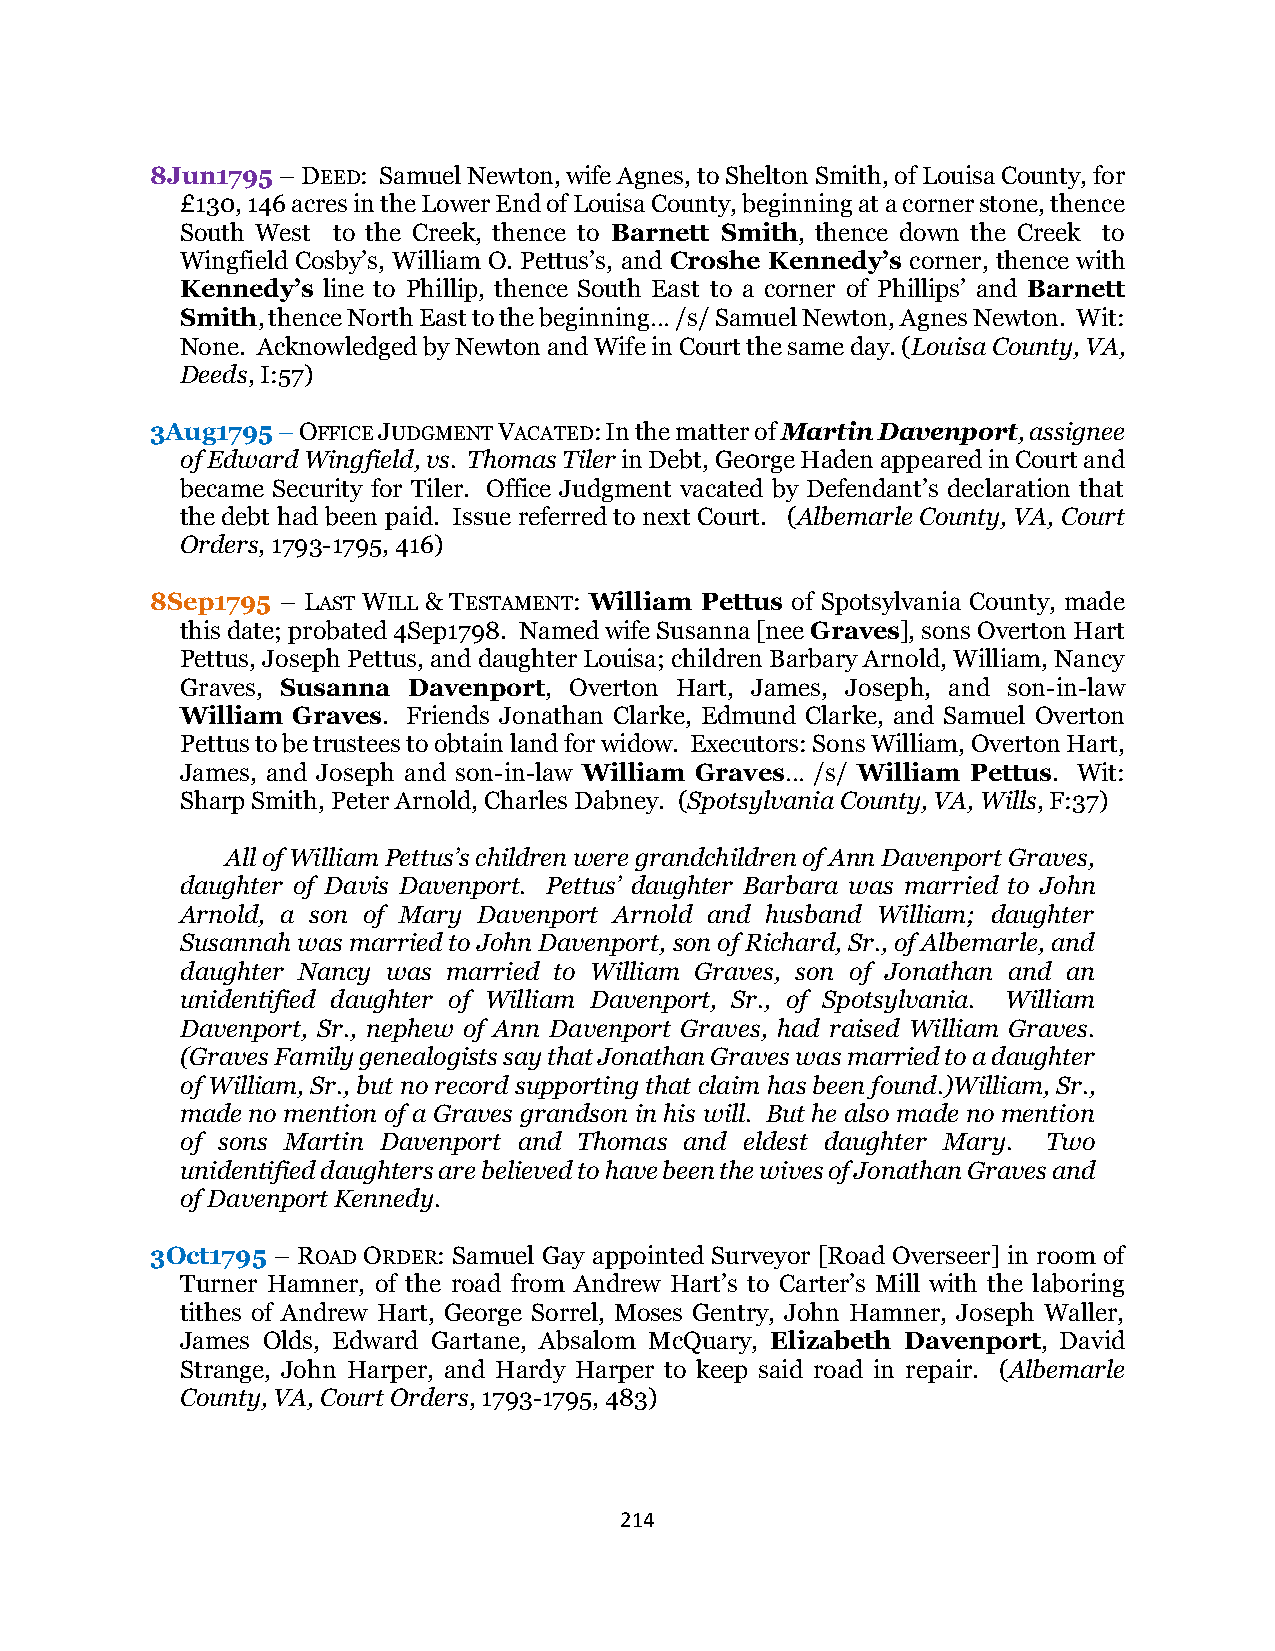
8Jun1795 – DEED: Samuel Newton, wife Agnes, to Shelton Smith, of Louisa County, for
 £130, 146 acres in the Lower End of Louisa County, beginning at a corner stone, thence
 South West to the Creek, thence to Barnett Smith, thence down the Creek to
 Wingfield Cosby’s, William O. Pettus’s, and Croshe Kennedy’s corner, thence with
 Kennedy’s line to Phillip, thence South East to a corner of Phillips’ and Barnett
 Smith, thence North East to the beginning… /s/ Samuel Newton, Agnes Newton. Wit:
 None. Acknowledged by Newton and Wife in Court the same day. (Louisa County, VA,
 Deeds, I:57)
 3Aug1795 – OFFICE JUDGMENT VACATED: In the matter of Martin Davenport, assignee
 of Edward Wingfield, vs. Thomas Tiler in Debt, Ge0rge Haden appeared in Court and
 became Security for Tiler. Office Judgment vacated by Defendant’s declaration that
 the debt had been paid. Issue referred to next Court. (Albemarle County, VA, Court
 Orders, 1793-1795, 416)
 8Sep1795 – LAST WILL & TESTAMENT: William Pettus of Spotsylvania County, made
 this date; probated 4Sep1798. Named wife Susanna [nee Graves], sons Overton Hart
 Pettus, Joseph Pettus, and daughter Louisa; children Barbary Arnold, William, Nancy
 Graves, Susanna Davenport, Overton Hart, James, Joseph, and son-in-law
 William Graves. Friends Jonathan Clarke, Edmund Clarke, and Samuel Overton
 Pettus to be trustees to obtain land for widow. Executors: Sons William, Overton Hart,
 James, and Joseph and son-in-law William Graves… /s/ William Pettus. Wit:
 Sharp Smith, Peter Arnold, Charles Dabney. (Spotsylvania County, VA, Wills, F:37)
 All of William Pettus’s children were grandchildren of Ann Davenport Graves,
 daughter of Davis Davenport. Pettus’ daughter Barbara was married to John
 Arnold, a son of Mary Davenport Arnold and husband William; daughter
 Susannah was married to John Davenport, son of Richard, Sr., of Albemarle, and
 daughter Nancy was married to William Graves, son of Jonathan and an
 unidentified daughter of William Davenport, Sr., of Spotsylvania. William
 Davenport, Sr., nephew of Ann Davenport Graves, had raised William Graves.
 (Graves Family genealogists say that Jonathan Graves was married to a daughter
 of William, Sr., but no record supporting that claim has been found.)William, Sr.,
 made no mention of a Graves grandson in his will. But he also made no mention
 of sons Martin Davenport and Thomas and eldest daughter Mary. Two
 unidentified daughters are believed to have been the wives of Jonathan Graves and
 of Davenport Kennedy.
 3Oct1795 – ROAD ORDER: Samuel Gay appointed Surveyor [Road Overseer] in room of
 Turner Hamner, of the road from Andrew Hart’s to Carter’s Mill with the laboring
 tithes of Andrew Hart, George Sorrel, Moses Gentry, John Hamner, Joseph Waller,
 James Olds, Edward Gartane, Absalom McQuary, Elizabeth Davenport, David
 Strange, John Harper, and Hardy Harper to keep said road in repair. (Albemarle
 County, VA, Court Orders, 1793-1795, 483)
 214